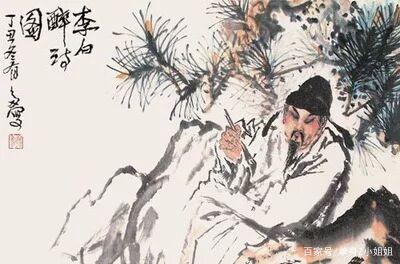
游说万乘苦不早，著鞭跨马涉远道。